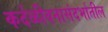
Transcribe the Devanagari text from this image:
कर्दळीवनासंदर्भातील